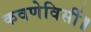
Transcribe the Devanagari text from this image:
कवणेविसीं॥